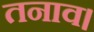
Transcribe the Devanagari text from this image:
तनाव।